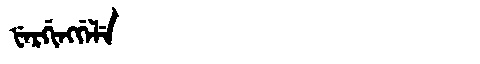
Manchu: ᡶᡝᡵᡤᡳᠩᡤᡝᠯᡝ
Romanization: FERGINGGELE